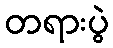
တရားပွဲ